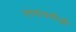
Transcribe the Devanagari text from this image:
एनवायपीडी